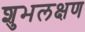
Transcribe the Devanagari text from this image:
शुभलक्षण